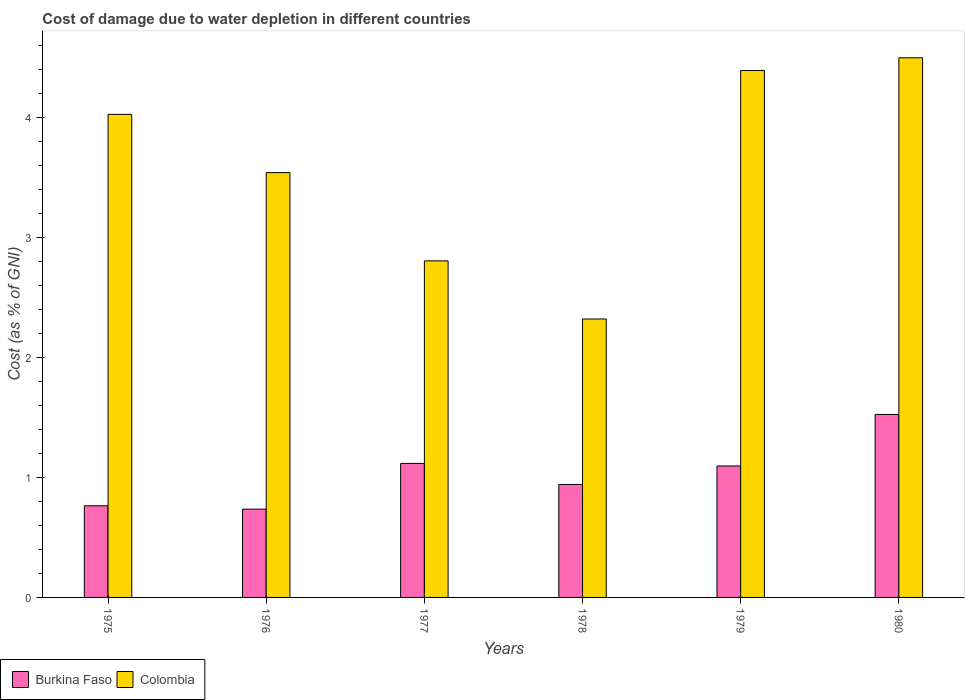
| Years | Burkina Faso | Colombia |
 | --- | --- | --- |
 | 1975 | 0.763 | 4.02 |
 | 1976 | 0.735 | 3.54 |
 | 1977 | 1.12 | 2.8 |
 | 1978 | 0.941 | 2.32 |
 | 1979 | 1.09 | 4.39 |
 | 1980 | 1.52 | 4.49 |